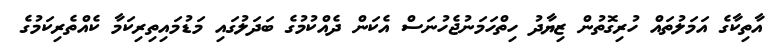
އާތިކާގެ އަމަލުތައް ހުރިގޮތުން ޒިޔާދު ހިތްހަމަަނުޖެހުނަސް އެކަން ދެއްކުމުގެ ބަދަލުގައި މަޑުމައިތިރިކަމާ ކެއްތެރިކަމުގެ